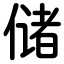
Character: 储